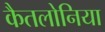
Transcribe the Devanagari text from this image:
कैतलोनिया